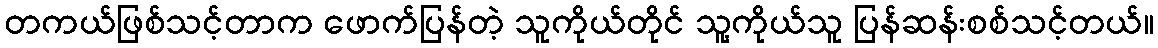
တကယ်ဖြစ်သင့်တာက ဖောက်ပြန်တဲ့ သူကိုယ်တိုင် သူ့ကိုယ်သူ ပြန်ဆန်းစစ်သင့်တယ်။